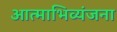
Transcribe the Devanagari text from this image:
आत्‍माभिव्‍यंजना